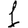
Digit: 1